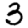
Digit: 3